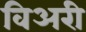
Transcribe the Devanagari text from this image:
विअरी